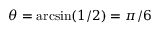
\theta = \arcsin ( 1 / 2 ) = \pi / 6